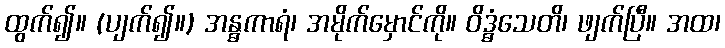
ထွက်၍။ (ပျက်၍။) အန္ဓကာရံ၊ အမိုက်မှောင်ကို။ ဝိဒ္ဓံသေတိ၊ ဖျက်ပြီ။ အထ၊